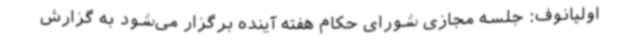
اولیانوف: جلسه مجازی شورای حکام هفته آینده برگزار می‌شود به گزارش